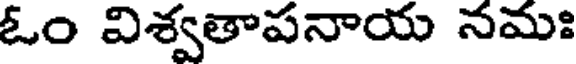
ఓం విశ్వతాపనాయ నమః